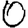
Digit: 0